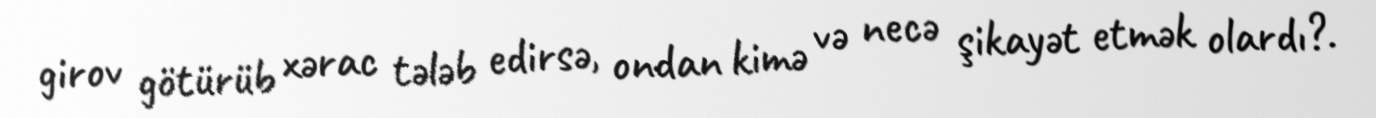
girov götürüb xərac tələb edirsə, ondan kimə və necə şikayət etmək olardı?.